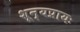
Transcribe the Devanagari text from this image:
शून्यप्रायः